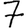
Digit: 7